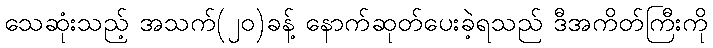
သေဆုံးသည့် အသက်(၂၀)ခန့် နောက်ဆုတ်ပေးခဲ့ရသည် ဒီအကိတ်ကြီးကို